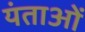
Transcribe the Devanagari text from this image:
यंताओं